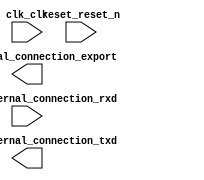

module nios (
	clk_clk,
	led_external_connection_export,
	reset_reset_n,
	uart_0_external_connection_rxd,
	uart_0_external_connection_txd);	

	input		clk_clk;
	output	[7:0]	led_external_connection_export;
	input		reset_reset_n;
	input		uart_0_external_connection_rxd;
	output		uart_0_external_connection_txd;
endmodule